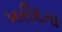
ખરીદતા